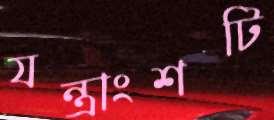
যন্ত্রাংশটি